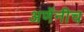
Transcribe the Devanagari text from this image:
अणेंनीच